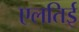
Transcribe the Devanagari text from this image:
एलतिई